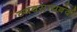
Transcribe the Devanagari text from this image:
व्यवसायबंदी